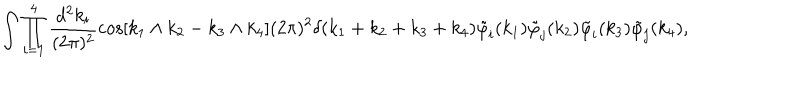
\int \prod _ { i = 1 } ^ { 4 } \frac { d ^ { 2 } k _ { i } } { ( 2 \pi ) ^ { 2 } } \cos [ k _ { 1 } \wedge k _ { 2 } - k _ { 3 } \wedge k _ { 4 } ] ( 2 \pi ) ^ { 2 } \delta ( k _ { 1 } + k _ { 2 } + k _ { 3 } + k _ { 4 } ) \tilde { \varphi } _ { i } ( k _ { 1 } ) \tilde { \varphi } _ { j } ( k _ { 2 } ) \tilde { \varphi } _ { i } ( k _ { 3 } ) \tilde { \varphi } _ { j } ( k _ { 4 } ) ,